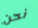
نحن